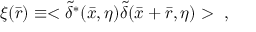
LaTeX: \xi ( \bar { r } ) \equiv < \tilde { \delta } ^ { * } ( \bar { x } , \eta ) \tilde { \delta } ( \bar { x } + \bar { r } , \eta ) > ~ ,